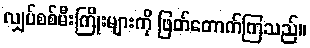
လျှပ်စစ်မီးကြိုးများကို ဖြတ်တောက်ကြသည်။